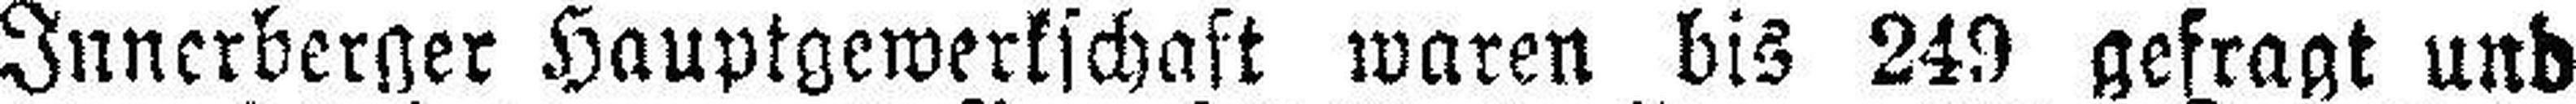
Innerberger Hauptgewerkschaft waren bis 249 gefragt und